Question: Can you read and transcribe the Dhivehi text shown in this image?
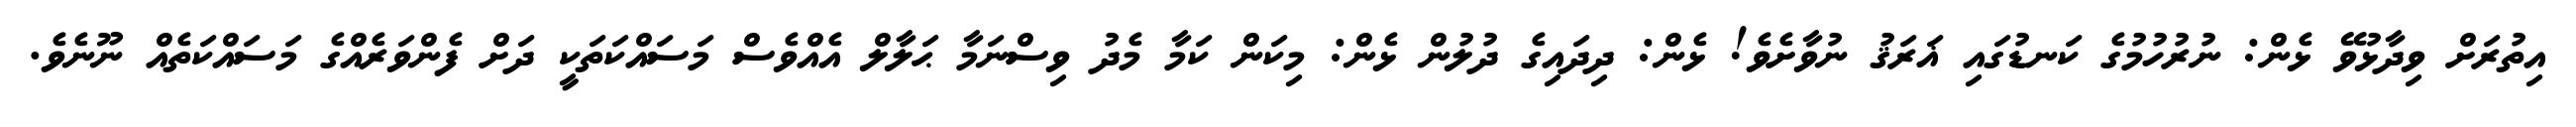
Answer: އިތުރަށް ވިދާޅުވޭ ޅެން: ނުރުހުމުގެ ކަނޑުގައި ޣަރަޤު ނުވާށެވެ! ޅެން: ދިދައިގެ ދުލުން ޅެން: މިކަން ކަމާ މެދު ވިސްނަމާ ޙަލާލް އެއްވެސް މަސައްކަތަކީ ދަށް ފެންވަރެއްގެ މަސައްކަތެއް ނޫނެވެ.